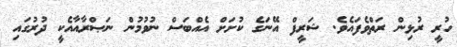
ހުރީ ރުޅިން ރަތްވެފައެވެ. ޝަރީފް އޭނަގެ ކުށަށް އެއްބަސް ނުވުމުން ނަޞްރާއާއެކީ ދުރުގައި